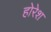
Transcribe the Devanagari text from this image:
होरेश